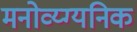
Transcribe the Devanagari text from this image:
मनोव्य्ग्यनिक